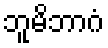
ဘူမိဘာဂံ